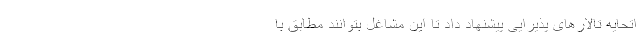
اتحایه تالارهای پذیرایی پیشنهاد داد تا این مشاغل بتوانند مطابق با